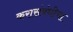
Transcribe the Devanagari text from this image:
करासंबंधीचा